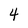
Character: 4